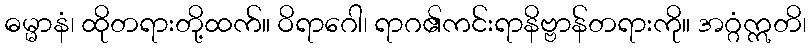
ဓမ္မာနံ၊ ထိုတရားတို့ထက်။ ဝိရာဂေါ၊ ရာဂ၏ကင်းရာနိဗ္ဗာန်တရားကို။ အဂ္ဂံဣတိ၊